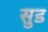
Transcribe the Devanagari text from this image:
सु़ड